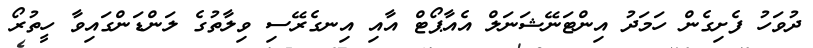
ދުވަހު ފެށިގެން ހަމަދު އިންޓަނޭޝަނަލް އެއާޕޯޓް އާއި އިނގެރޭސި ވިލާތުގެ ލަންޑަންގައިވާ ހީތުރޯ